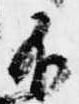
不